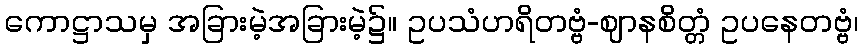
ကောဋ္ဌာသမှ အခြားမဲ့အခြားမဲ့၌။ ဥပသံဟရိတဗ္ဗံ-ဈာနစိတ္တံ ဥပနေတဗ္ဗံ၊